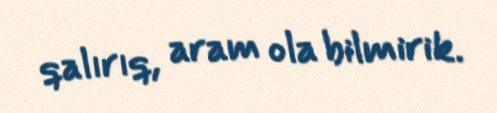
qalırıq, aram ola bilmirik.